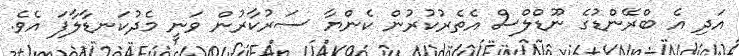
އަދި އެ ބްރޭންޑުގެ ނޫޑްލްސް އެތެރުކުރުން ކެންޔާ ސަރުކާރުން ވަނީ މެދުކަނޑާލާފަ އެވެ.